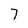
Character: 7